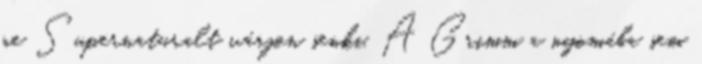
ne Supernaturalt várjon senki. A Grimm a nyomába sem